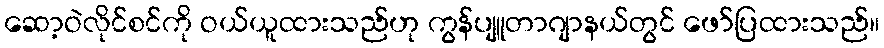
ဆော့ဝဲလိုင်စင်ကို ဝယ်ယူထားသည်ဟု ကွန်ပျူတာဂျာနယ်တွင် ဖော်ပြထားသည်။